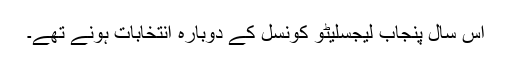
اس سال پنجاب لیجسلیٹو کونسل کے دوبارہ انتخابات ہونے تھے۔